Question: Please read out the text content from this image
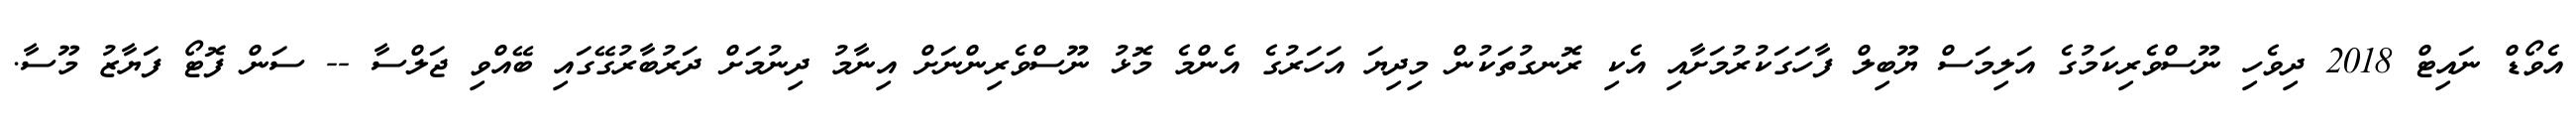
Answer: އެވޯޑް ނައިޓް 2018 ދިވެހި ނޫސްވެރިކަމުގެ އަލިމަސް ޔޫބިލް ފާހަގަކުރުމަށާއި އެކި ރޮނގުތަކުން މިދިޔަ އަހަރުގެ އެންމެ މޮޅު ނޫސްވެރިންނަށް އިނާމު ދިނުމަށް ދަރުބާރުގޭގައި ބޭއްވި ޖަލްސާ -- ސަން ފޮޓޯ ފަޔާޒު މޫސާ.